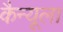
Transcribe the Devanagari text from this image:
कैन्यूला